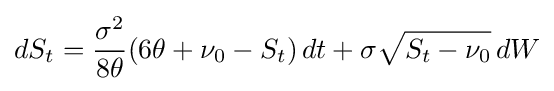
dS_{t}={\frac {\sigma ^{2}}{8\theta }}(6\theta +\nu _{0}-S_{t})\,dt+\sigma {\sqrt {S_{t}-\nu _{0}}}\,dW